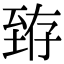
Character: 臶